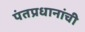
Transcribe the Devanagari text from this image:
पंतप्रधानांची